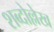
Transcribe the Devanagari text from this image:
शब्दोल्लेख